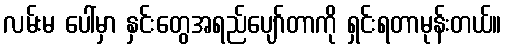
လမ်းမ ပေါ်မှာ နှင်းတွေအရည်ပျော်တာကို ရှင်းရတာမုန်းတယ်။